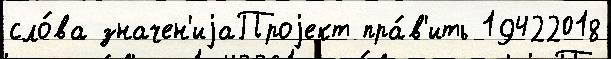
сло́ва значен'иjаПроjект пра́в'ить 19422018